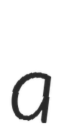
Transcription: a